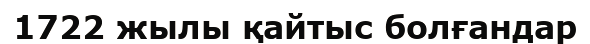
1722 жылы қайтыс болғандар